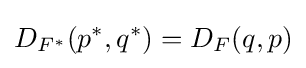
D_{F^{*}}(p^{*},q^{*})=D_{F}(q,p)